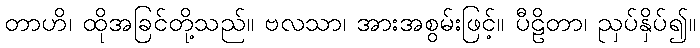
တာဟိ၊ ထိုအခြင်တို့သည်။ ဗလသာ၊ အားအစွမ်းဖြင့်။ ပီဠိတာ၊ ညှပ်နှိပ်၍။